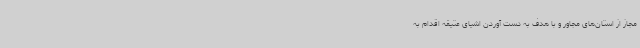
مجاز از استان‌های مجاور و با هدف به دست آوردن اشیای عتیقه اقدام به